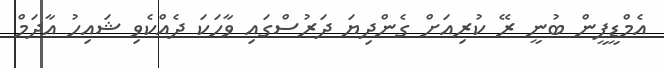
އެމްޑީޕީން ބުނީ ރޭ ކުރިއަށް ގެންދިޔަ ދަރުސްގައި ވާހަކަ ދެއްކެވި ޝައިހު އާދަމް